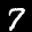
Label: 7